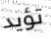
تؤيد